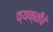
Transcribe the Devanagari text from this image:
व्‍यक्‍तींचे